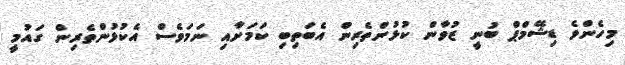
މިހެންވެ ޑިޝޭމްޕް ބުނީ ޒުވާން ކުޅުންތެރިން އެބަތިބި ކަމަށާއި ނަމަވެސް އެކުޅުންތެރިން ގައުމީ